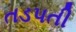
તડપતી